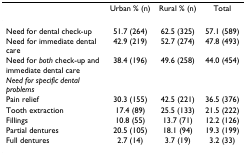
<table><thead><tr><td></td><td><b>Urban % (n)</b></td><td><b>Rural % (n)</b></td><td><b>Total</b></td></tr></thead><tbody><tr><td>Need for dental check-up</td><td>51.7 (264)</td><td>62.5 (325)</td><td>57.1 (589)</td></tr><tr><td>Need for immediate dental care</td><td>42.9 (219)</td><td>52.7 (274)</td><td>47.8 (493)</td></tr><tr><td>Need for <i>both </i>check-up and immediate dental care</td><td>38.4 (196)</td><td>49.6 (258)</td><td>44.0 (454)</td></tr><tr><td><i>Need for specific dental problems</i></td><td></td><td></td><td></td></tr><tr><td>Pain relief</td><td>30.3 (155)</td><td>42.5 (221)</td><td>36.5 (376)</td></tr><tr><td>Tooth extraction</td><td>17.4 (89)</td><td>25.5 (133)</td><td>21.5 (222)</td></tr><tr><td>Fillings</td><td>10.8 (55)</td><td>13.7 (71)</td><td>12.2 (126)</td></tr><tr><td>Partial dentures</td><td>20.5 (105)</td><td>18.1 (94)</td><td>19.3 (199)</td></tr><tr><td>Full dentures</td><td>2.7 (14)</td><td>3.7 (19)</td><td>3.2 (33)</td></tr></tbody></table>